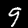
Label: 9